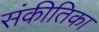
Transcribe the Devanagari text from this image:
संकीतिका